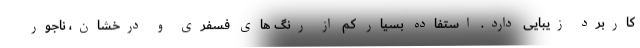
کاربرد زیبایی دارد. استفاده بسیار کم از رنگ های فسفری و درخشان، ناجور